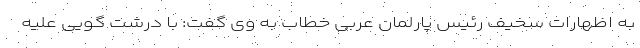
به اظهارات سخیف رئیس پارلمان عربی خطاب به وی گفت: با درشت گویی علیه